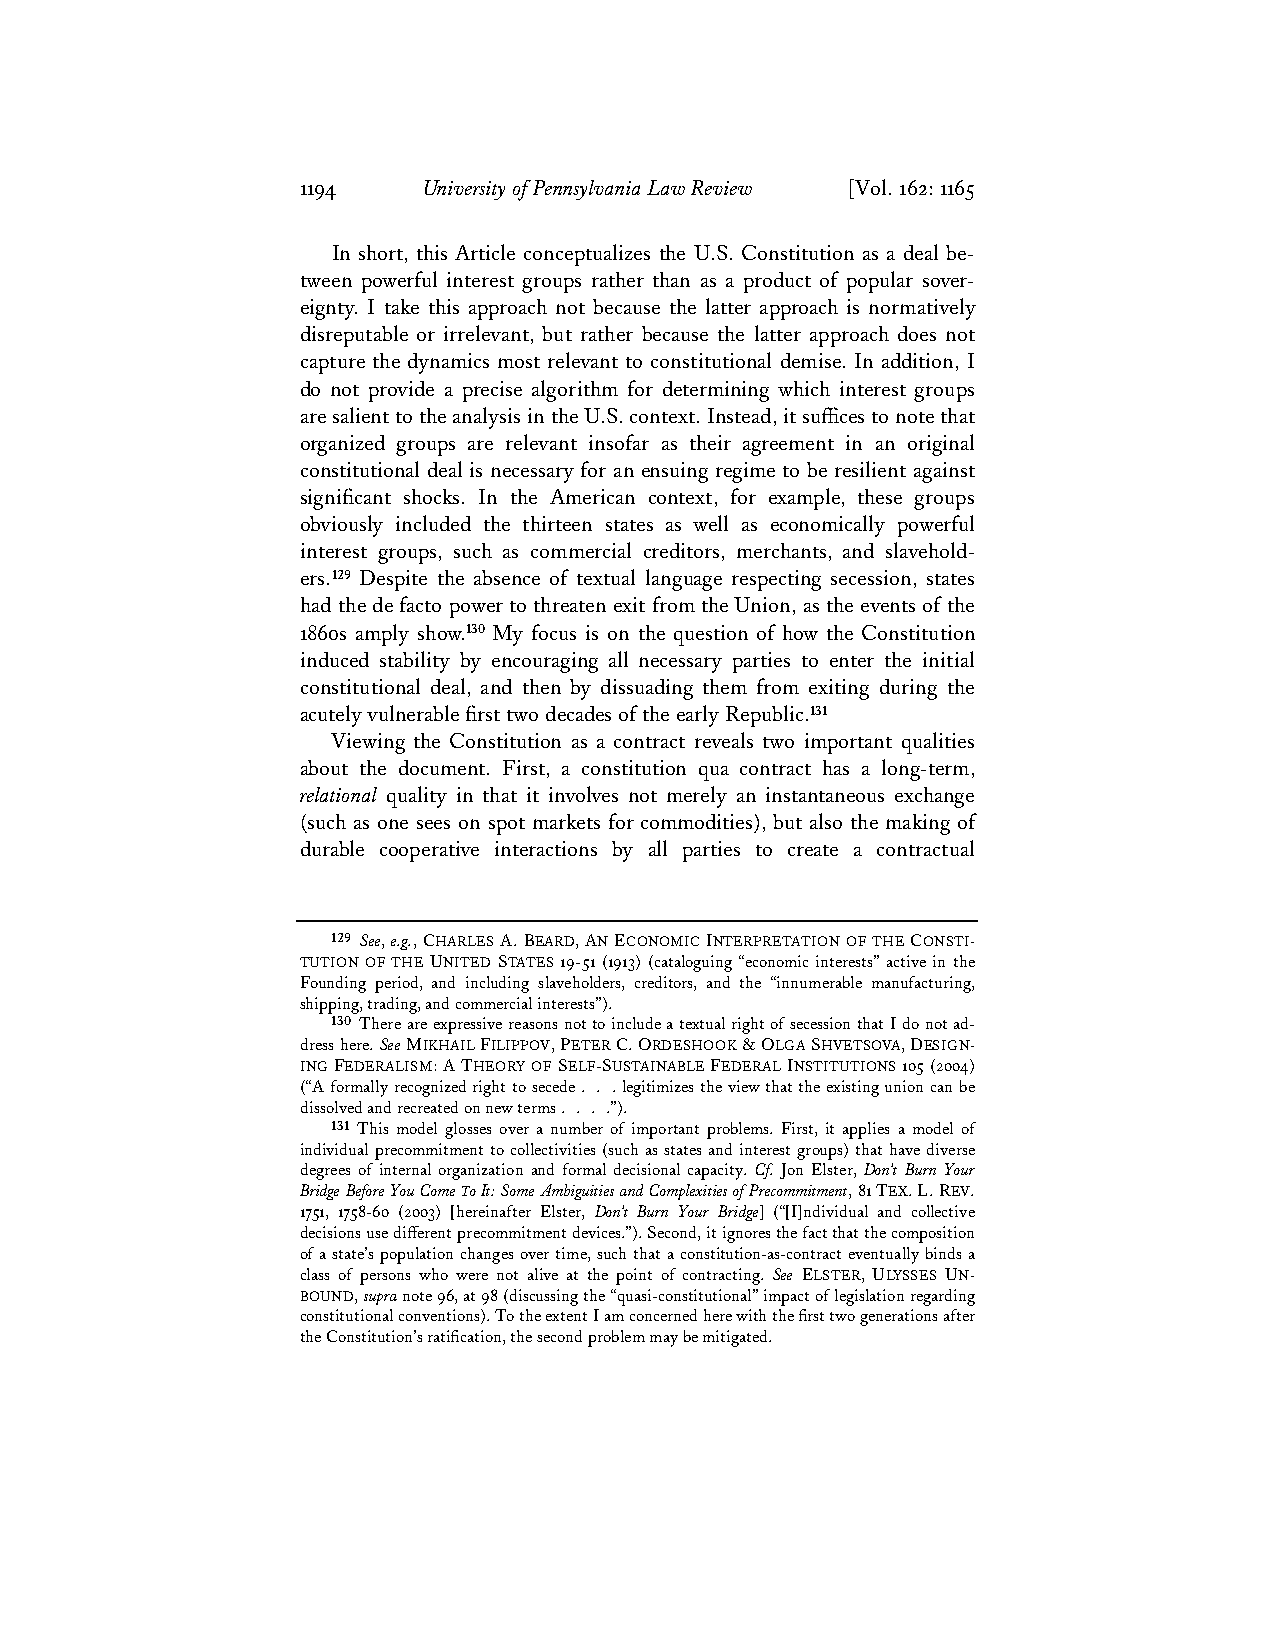
1194    University of Pennsylvania Law Review [Vol. 162: 1165
 In short, this Article conceptualizes the U.S. Constitution as a deal be-
 tween powerful interest groups rather than as a product of popular sover-
 eignty. I take this approach not because the latter approach is normatively
 disreputable or irrelevant, but rather because the latter approach does not
 capture the dynamics most relevant to constitutional demise. In addition, I
 do not provide a precise algorithm for determining which interest groups
 are salient to the analysis in the U.S. context. Instead, it suffices to note that
 organized groups are relevant insofar as their agreement in an original
 constitutional deal is necessary for an ensuing regime to be resilient against
 significant shocks. In the American context, for example, these groups
 obviously included the thirteen states as well as economically powerful
 interest groups, such as commercial creditors, merchants, and slavehold-
 ers.129 Despite the absence of textual language respecting secession, states
 had the de facto power to threaten exit from the Union, as the events of the
 1860s amply show.130 My focus is on the question of how the Constitution
 induced stability by encouraging all necessary parties to enter the initial
 constitutional deal, and then by dissuading them from exiting during the
 acutely vulnerable first two decades of the early Republic.131
 Viewing the Constitution as a contract reveals two important qualities
 about the document. First, a constitution qua contract has a long-term,
 relational quality in that it involves not merely an instantaneous exchange
 (such as one sees on spot markets for commodities), but also the making of
 durable cooperative interactions by all parties to create a contractual
 129 See, e.g., CHARLES A. BEARD, AN ECONOMIC INTERPRETATION OF THE CONSTI-
 TUTION OF THE UNITED STATES 19-51 (1913) (cataloguing “economic interests” active in the
 Founding period, and including slaveholders, creditors, and the “innumerable manufacturing,
 shipping, trading, and commercial interests”).
 130 There are expressive reasons not to include a textual right of secession that I do not ad-
 dress here. See MIKHAIL FILIPPOV, PETER C. ORDESHOOK & OLGA SHVETSOVA, DESIGN-
 ING FEDERALISM: A THEORY OF SELF-SUSTAINABLE FEDERAL INSTITUTIONS 105 (2004)
 (“A formally recognized right to secede . . . legitimizes the view that the existing union can be
 dissolved and recreated on new terms . . . .”).
 131 This model glosses over a number of important problems. First, it applies a model of
 individual precommitment to collectivities (such as states and interest groups) that have diverse
 degrees of internal organization and formal decisional capacity. Cf. Jon Elster, Don’t Burn Your
 Bridge Before You Come To It: Some Ambiguities and Complexities of Precommitment, 81 TEX. L. REV.
 1751, 1758-60 (2003) [hereinafter Elster, Don’t Burn Your Bridge] (“[I]ndividual and collective
 decisions use different precommitment devices.”). Second, it ignores the fact that the composition
 of a state’s population changes over time, such that a constitution-as-contract eventually binds a
 class of persons who were not alive at the point of contracting. See ELSTER, ULYSSES UN-
 BOUND, supra note 96, at 98 (discussing the “quasi-constitutional” impact of legislation regarding
 constitutional conventions). To the extent I am concerned here with the first two generations after
 the Constitution’s ratification, the second problem may be mitigated.